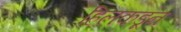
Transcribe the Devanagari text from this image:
हिलकडून